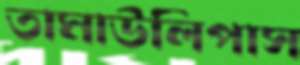
তামাউলিপাস